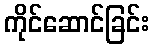
ကိုင်ဆောင်ခြင်း